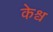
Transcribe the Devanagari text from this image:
केश्व